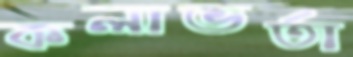
কলাভর্তা